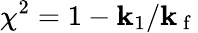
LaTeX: \chi^{2}=1-\mathbf{k}_{1}/\mathbf{k}_{\mathrm{{~f~}}}